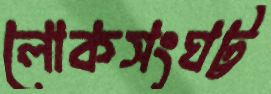
লোকসংঘট্ট